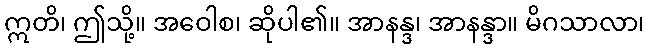
ဣတိ၊ ဤသို့။ အဝေါစ၊ ဆိုပါ၏။ အာနန္ဒ၊ အာနန္ဒာ။ မိဂသာလာ၊